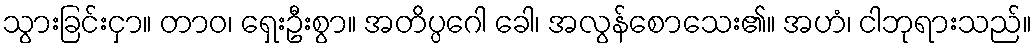
သွားခြင်းငှာ။ တာဝ၊ ရှေးဦးစွာ။ အတိပ္ပဂေါ ခေါ၊ အလွန်စောသေး၏။ အဟံ၊ ငါဘုရားသည်။